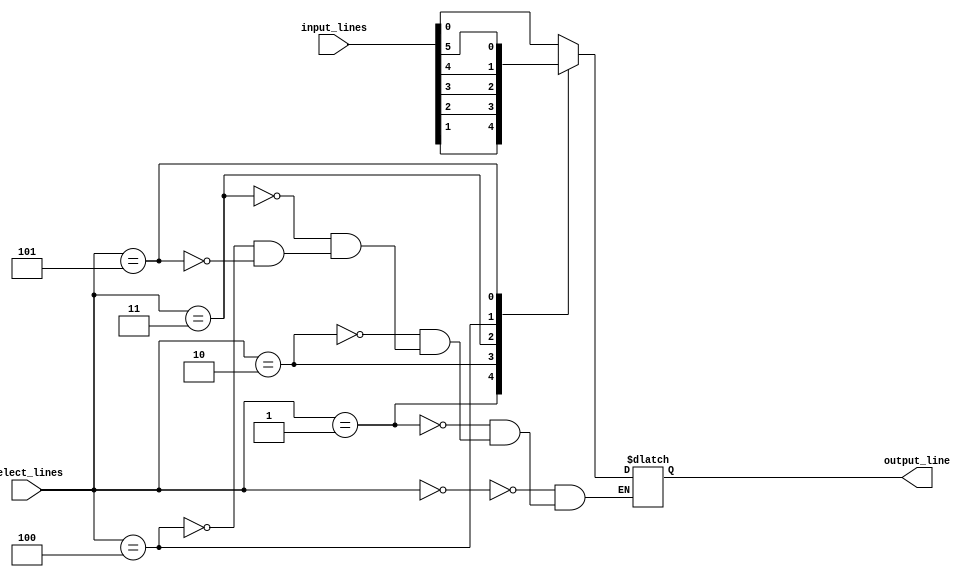
module multiplexer_64to1 (
    input [63:0] input_lines,
    input [5:0] select_lines,
    output reg output_line
);

always @* begin
    case (select_lines)
        6'd0: output_line = input_lines[0];
        6'd1: output_line = input_lines[1];
        6'd2: output_line = input_lines[2];
        6'd3: output_line = input_lines[3];
        6'd4: output_line = input_lines[4];
        6'd5: output_line = input_lines[5];
        // Add cases for the remaining select lines up to 6'd63
        // and connect them to the respective input lines
    endcase
end

endmodule